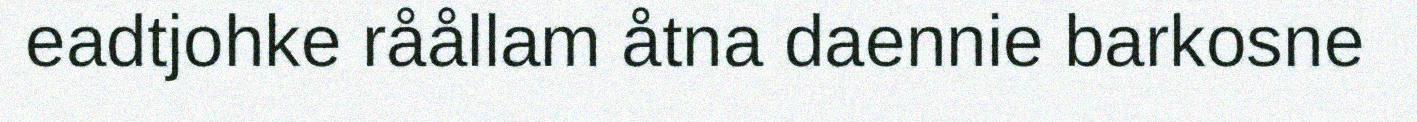
eadtjohke råållam åtna daennie barkosne